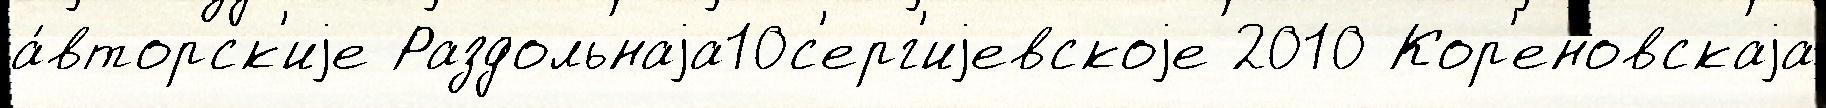
а́вторск'иjе Раздольнаjа10с'ерг'иjевскоjе 2010 Кор'еновскаjа